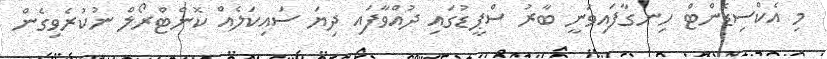
މި އެކްސިޑެންޓް ހިނގާފައިވަނީ ބާރު ސްޕީޑުގައި ދުއްވާފައި ދިޔަ ސައިކަލެއް ކޮންޓްރޯލް ނުކުރެވިގެން